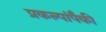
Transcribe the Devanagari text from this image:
प्रकल्पांपैकी